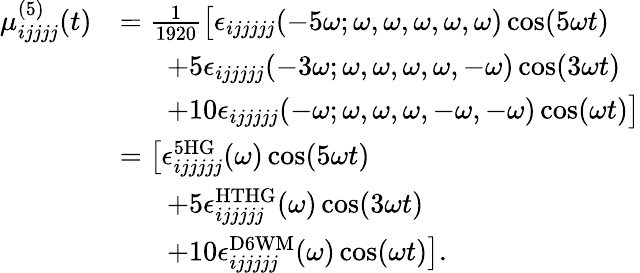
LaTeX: \begin{array}{rl}{\mu_{ijjjj}^{(5)}(t)}&{=\frac{1}{1920}\big[\epsilon_{ijjjjj}(-5\omega;\omega,\omega,\omega,\omega,\omega)\cos(5\omega t)}\\ &{\; \; \; \; \; \; +5\epsilon_{ijjjjj}(-3\omega;\omega,\omega,\omega,\omega,-\omega)\cos(3\omega t)}\\ &{\; \; \; \; \; \; +10\epsilon_{ijjjjj}(-\omega;\omega,\omega,\omega,-\omega,-\omega)\cos(\omega t)\big]}\\ &{=\big[\epsilon_{ijjjjj}^{\mathrm{5HG}}(\omega)\cos(5\omega t)}\\ &{\; \; \; \; \; \; +5\epsilon_{ijjjjj}^{\mathrm{HTHG}}(\omega)\cos(3\omega t)}\\ &{\; \; \; \; \; \; +10\epsilon_{ijjjjj}^{\mathrm{D6WM}}(\omega)\cos(\omega t)\big].}\end{array}